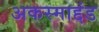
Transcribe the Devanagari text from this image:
अकस्माद्दंड